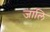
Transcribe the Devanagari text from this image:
जालि